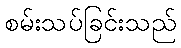
စမ်းသပ်ခြင်းသည်